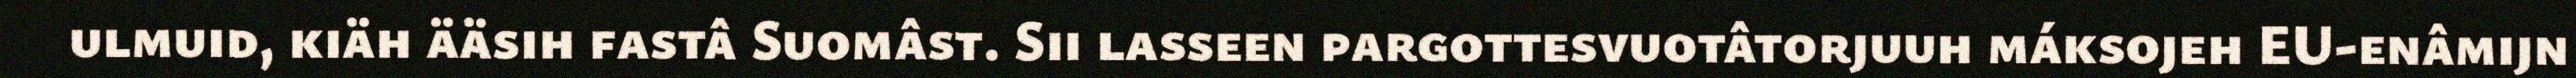
ulmuid, kiäh ääsih fastâ Suomâst. Sii lasseen pargottesvuotâtorjuuh máksojeh EU-enâmijn